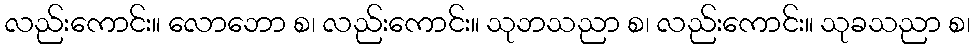
လည်းကောင်း။ လောဘော စ၊ လည်းကောင်း။ သုဘသညာ စ၊ လည်းကောင်း။ သုခသညာ စ၊